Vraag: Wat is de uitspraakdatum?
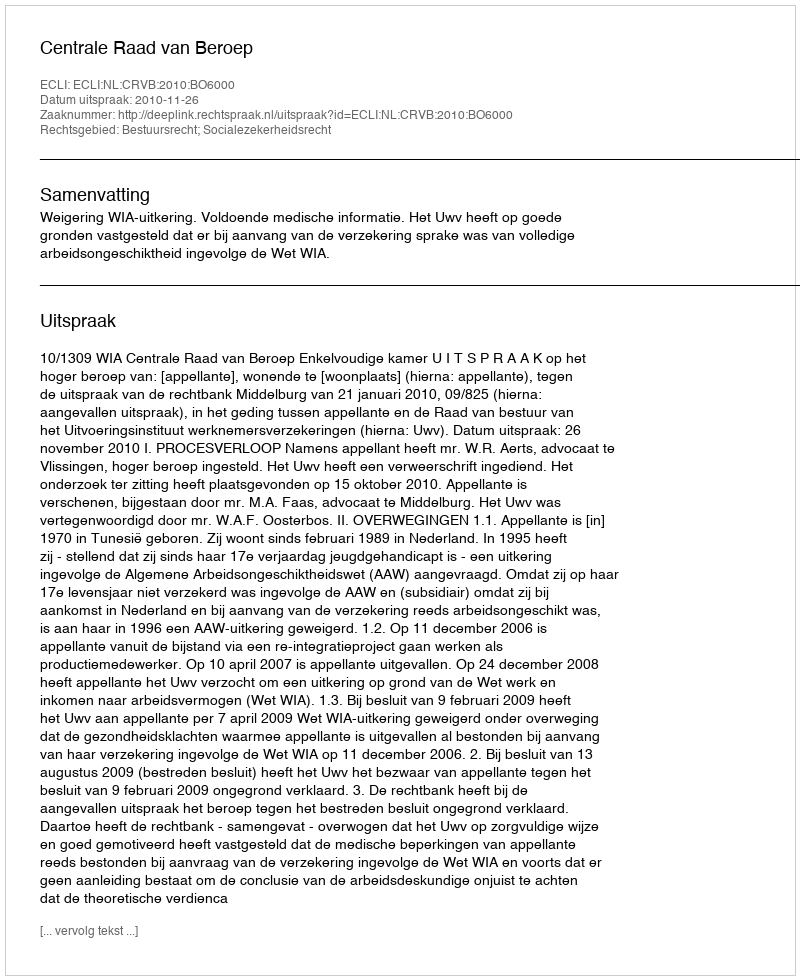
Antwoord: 2010-11-26